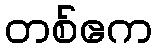
တစ်ဧက